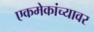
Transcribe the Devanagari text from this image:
एकमेकांच्यावर